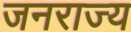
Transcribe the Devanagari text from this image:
जनराज्य